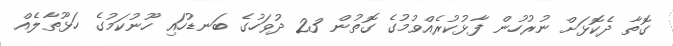
ގޮތާ ދެކޮޅަށް ނުރުހުން ފާޅުކުރެއްވުމުގެ ގޮތުން 23 ދުވަހުގެ ބަނޑުހައި ހޫނުކަމުގެ ހަޅޫތާލެއް